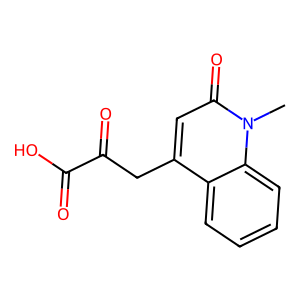
SMILES: Cn1c(=O)cc(CC(=O)C(=O)O)c2ccccc21
Inhibits HIV replication: No